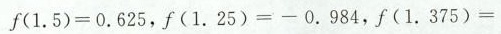
$$f ( 1 . 5 ) = 0 . 6 2 5$$，$$f ( 1 . 2 5 ) = - 0 . 9 8 4$$，$$f ( 1 . 3 7 5 ) =